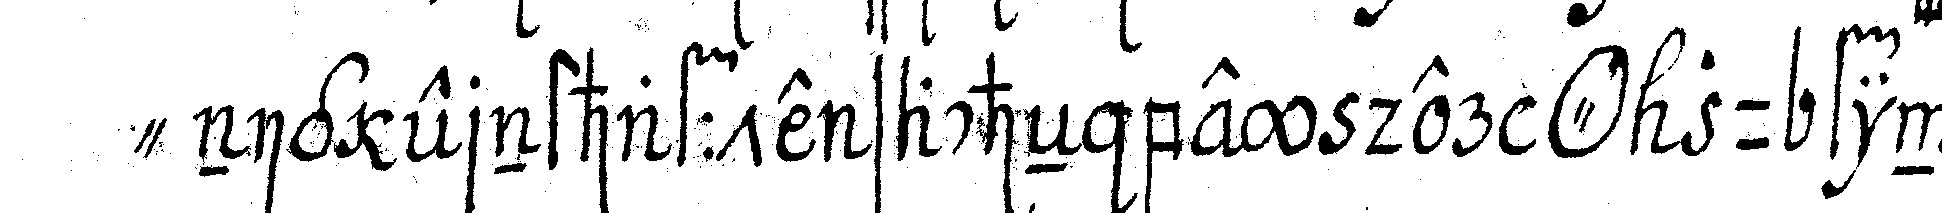
" nig ernsthaffte sacheN bey der *o* zu findeN